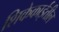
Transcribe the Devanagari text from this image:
शिकेकाईतील